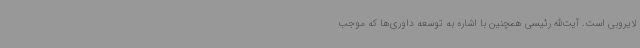
لایروبی است. آیت‌الله رئیسی همچنین با اشاره به توسعه داوری‌ها که موجب